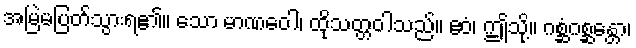
အမြဲမပြတ်သွားရ၏။ သော မာဏဝေါ၊ ထိုသတ္တဝါသည်။ ဧဝံ၊ ဤသို့။ ဂစ္ဆံဂစ္ဆန္တော၊